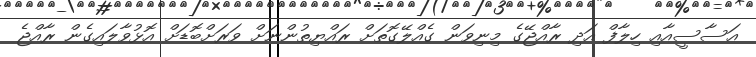
އަސާސީއާއި ހިލާފް އަދި ރާއްޖޭގެ މިނިވަން ގެއްލޭގޮތަށް ރައްޔިތުންނަށް ވަރަށްބޮޑަށް އޮޅުވާލައިގެން ރާއްޖެ